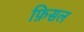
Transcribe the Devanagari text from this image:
फ़िसल